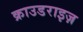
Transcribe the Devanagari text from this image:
क्राउडराइज़